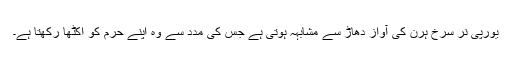
یورپی نر سرخ ہرن کی آواز دھاڑ سے مشابہہ ہوتی ہے جس کی مدد سے وہ اپنے حرم کو اکٹھا رکھتا ہے۔